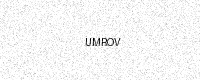
Text: UMROV